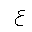
Letter: _ayn